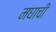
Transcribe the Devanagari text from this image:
मघाची